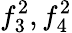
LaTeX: f_{3}^{2},f_{4}^{2}